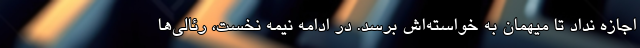
اجازه نداد تا میهمان به خواسته‌اش برسد. در ادامه نیمه نخست، رئالی‌ها